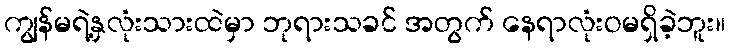
ကျွန်မရဲ့နှလုံးသားထဲမှာ ဘုရားသခင် အတွက် နေရာလုံးဝမရှိခဲ့ဘူး။